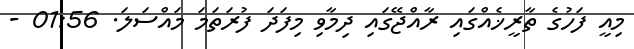
މިއީ ފަހުގެ ތާރީޚެއްގައި ރާއްޖޭގައި ދިމާވި މިފަދަ ފުރަތަމަ މައްސަލަ. 01:56 -